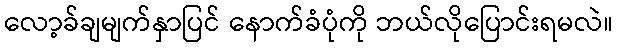
လော့ခ်ချမျက်နှာပြင် နောက်ခံပုံကို ဘယ်လိုပြောင်းရမလဲ။